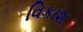
વિકાશ